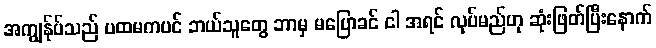
အကျွန်ုပ်သည် ပထမကပင် ဘယ်သူတွေ ဘာမှ မပြောခင် ငါ အရင် လုပ်မည်ဟု ဆုံးဖြတ်ပြီးနောက်